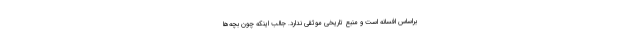
براساس افسانه است و منبع تاریخی موثقی ندارد. جالب اینکه چون بچه‌ها